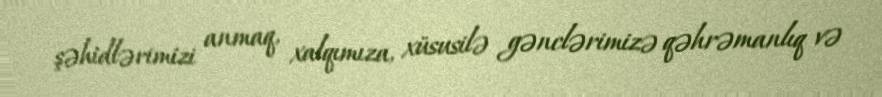
şəhidlərimizi anmaq, xalqımıza, xüsusilə gənclərimizə qəhrəmanlıq və